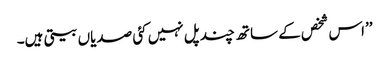
’’اس شخص کے ساتھ چند پل نہیں کئی صدیاں بیتی ہیں۔